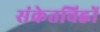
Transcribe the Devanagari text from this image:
संकेतचिह्नों